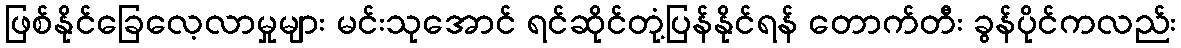
ဖြစ်နိုင်ခြေလေ့လာမှုများ မင်းသုအောင် ရင်ဆိုင်တုံ့ပြန်နိုင်ရန် တောက်တီး ခွန်ပိုင်ကလည်း